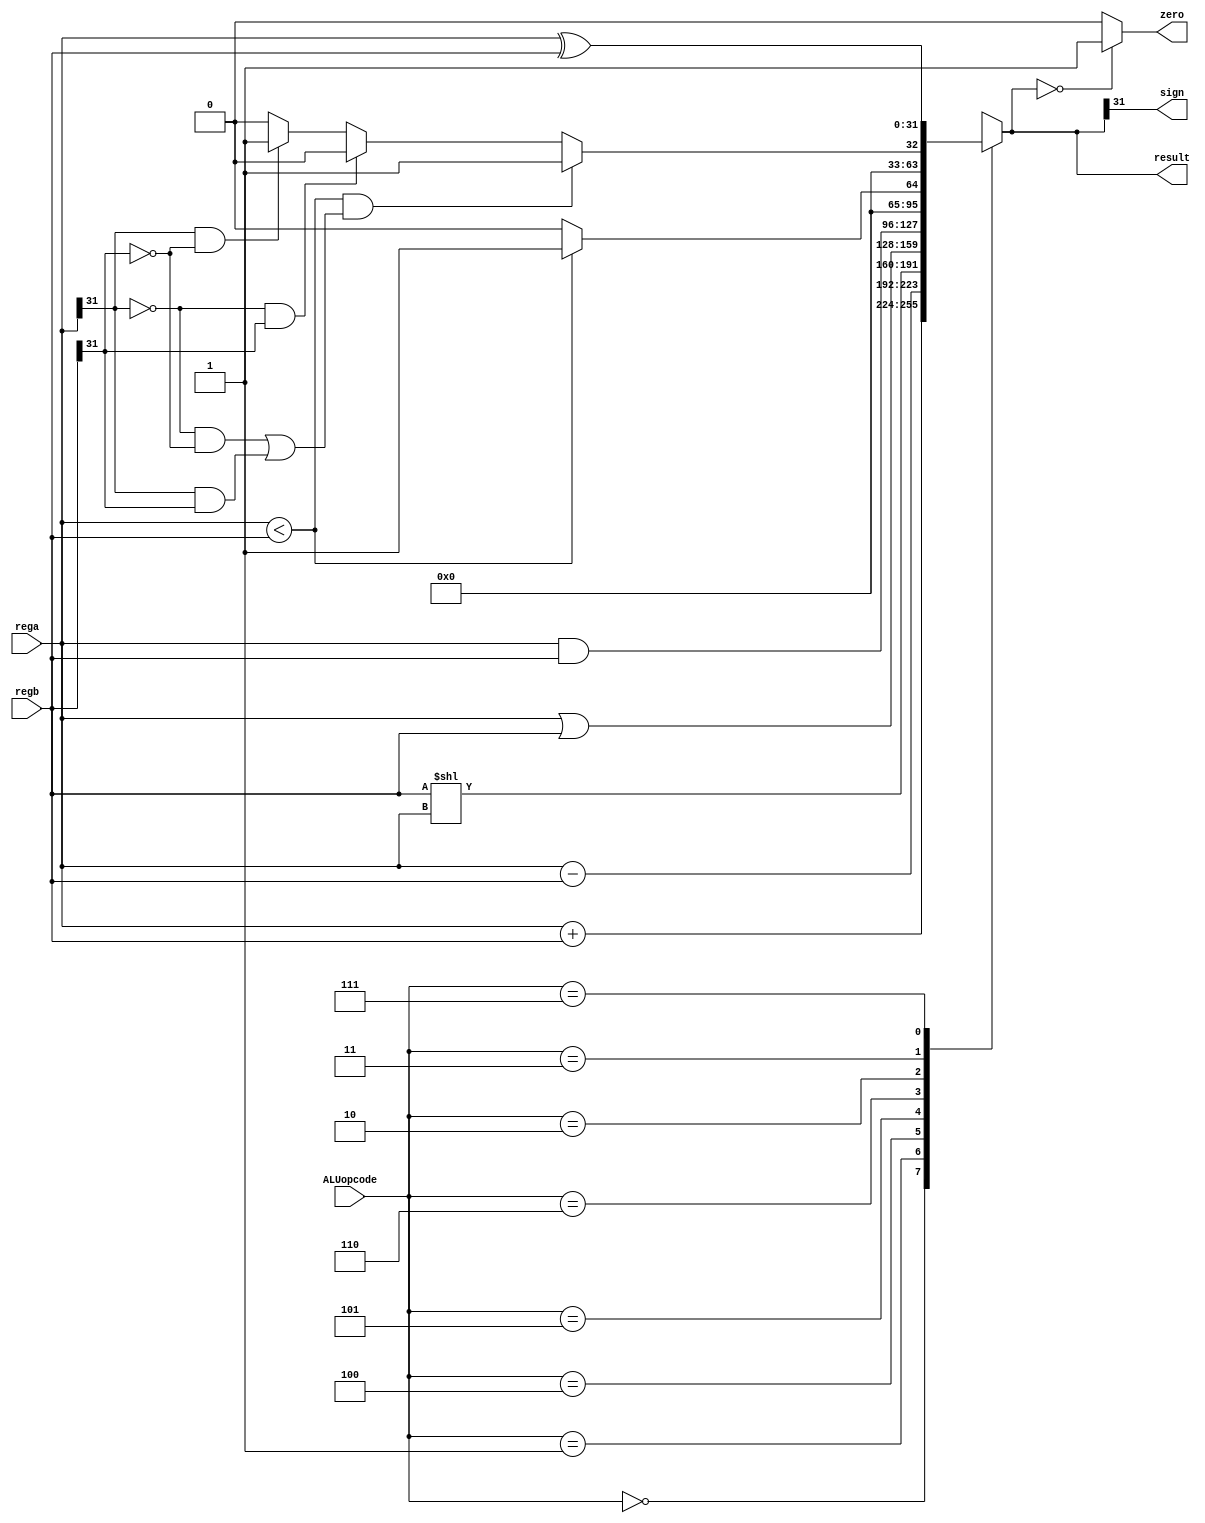
module ALU(ALUopcode,rega,regb,result,sign,zero);
    input [2:0] ALUopcode;
    input [31:0] rega;
    input [31:0] regb;
    output reg [31:0] result;
    output sign;
    output zero;

    assign zero = (result==0)?1:0;
    assign sign = result [31];
    always @( ALUopcode or rega or regb ) begin
    case (ALUopcode)
        3'b000 : result = rega + regb;
        3'b001 : result = rega - regb;
        3'b100 : result = regb << rega;
        3'b101 : result = rega | regb;
        3'b110 : result = rega & regb;
        3'b010 : result = (rega < regb)?1:0; // űȽ
        3'b011 :
         begin // űȽ
            if (rega<regb &&(( rega[31] == 0 && regb[31]==0) ||
             (rega[31] == 1 && regb[31]==1))) result = 1;
            else if (rega[31] == 0 && regb[31]==1) result = 0;
            else if ( rega[31] == 1 && regb[31]==0) result = 1;
            else result = 0;
          end
         3'b111 : result = rega ^ regb;
         default : begin
          result = 8'h00000000;
         $display (" no match");
       end
    endcase
end
endmodule